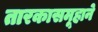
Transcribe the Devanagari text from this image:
तारकासमूहाने